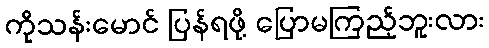
ကိုသန်းမောင် ပြန်ရဖို့ ပြောမကြည့်ဘူးလား